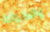
والسرقة